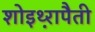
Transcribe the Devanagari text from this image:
शोइथ़्रापैती